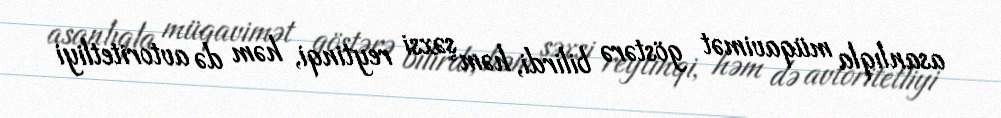
asanlıqla müqavimət göstərə bilirdi, həm şəxsi reytinqi, həm də avtoritetliyi